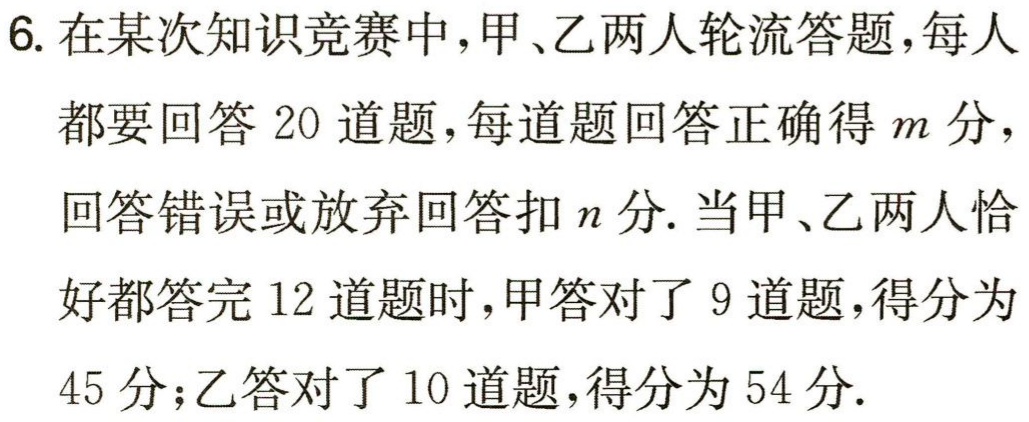
6. 在某次知识竞赛中，甲、乙两人轮流答题，每人都要回答 20 道题，每道题回答正确得\(m\)分，回答错误或放弃回答扣\(n\)分. 当甲、乙两人恰好都答完 12 道题时，甲答对了 9 道题，得分为45 分；乙答对了 10 道题，得分为 54 分.